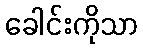
ခေါင်းကိုသာ